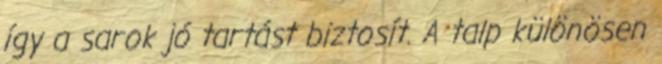
így a sarok jó tartást biztosít. A talp különösen